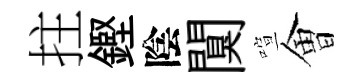
拄鏗陰闃喧㑹